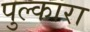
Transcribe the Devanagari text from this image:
पुल्कारा